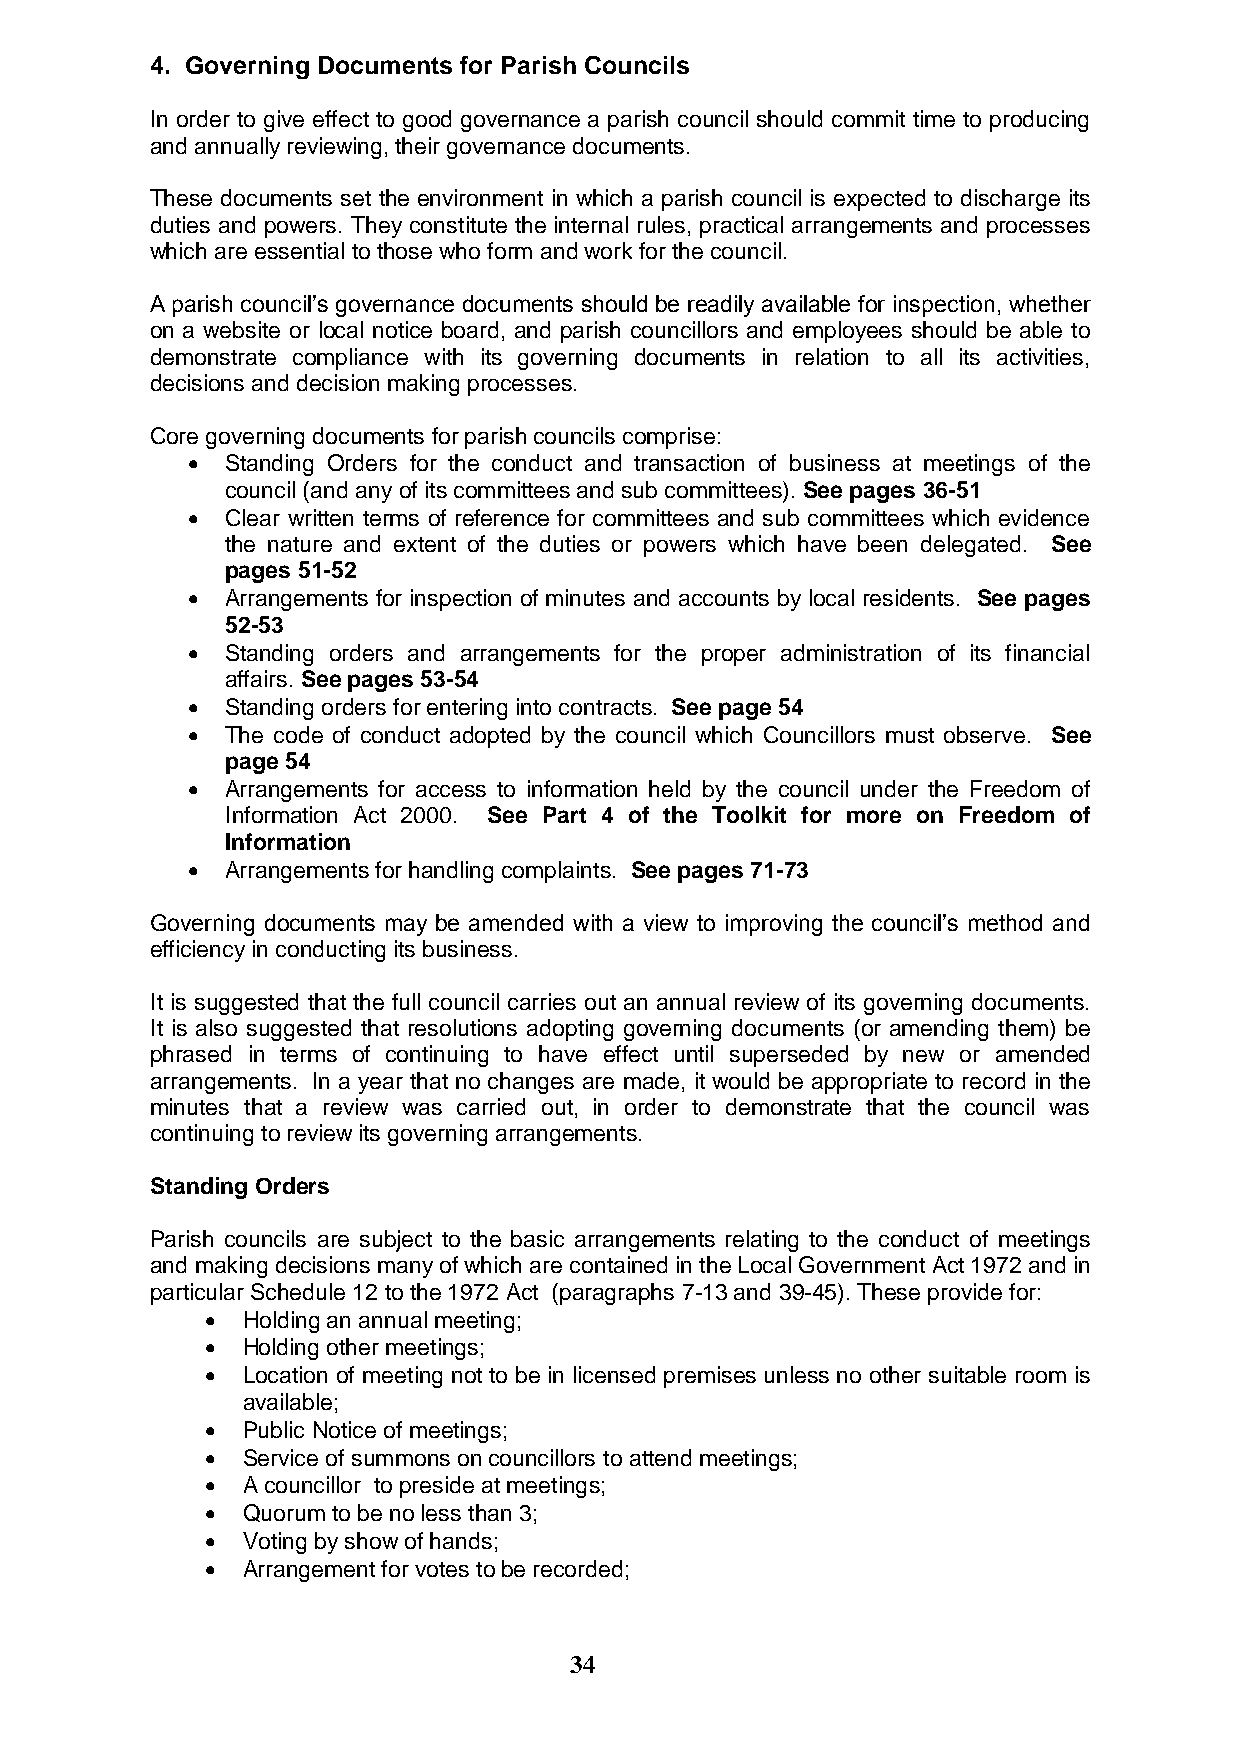
4. Governing Documents for Parish Councils
 In order to give effect to good governance a parish council should commit time to producing
 and annually reviewing, their governance documents.
 These documents set the environment in which a parish council is expected to discharge its
 duties and powers. They constitute the internal rules, practical arrangements and processes
 which are essential to those who form and work for the council.
 A parish council‟s governance documents should be readily available for inspection, whether
 on a website or local notice board, and parish councillors and employees should be able to
 demonstrate compliance with its governing documents in relation to all its activities,
 decisions and decision making processes.
 Core governing documents for parish councils comprise:
   Standing Orders for the conduct and transaction of business at meetings of the
 council (and any of its committees and sub committees). See pages 36-51
   Clear written terms of reference for committees and sub committees which evidence
 the nature and extent of the duties or powers which have been delegated. See
 pages 51-52
   Arrangements for inspection of minutes and accounts by local residents. See pages
 52-53
   Standing orders and arrangements for the proper administration of its financial
 affairs. See pages 53-54
   Standing orders for entering into contracts. See page 54
   The code of conduct adopted by the council which Councillors must observe. See
 page 54
   Arrangements for access to information held by the council under the Freedom of
 Information Act 2000. See Part 4 of the Toolkit for more on Freedom of
 Information
   Arrangements for handling complaints. See pages 71-73
 Governing documents may be amended with a view to improving the council‟s method and
 efficiency in conducting its business.
 It is suggested that the full council carries out an annual review of its governing documents.
 It is also suggested that resolutions adopting governing documents (or amending them) be
 phrased in terms of continuing to have effect until superseded by new or amended
 arrangements. In a year that no changes are made, it would be appropriate to record in the
 minutes that a review was carried out, in order to demonstrate that the council was
 continuing to review its governing arrangements.
 Standing Orders
 Parish councils are subject to the basic arrangements relating to the conduct of meetings
 and making decisions many of which are contained in the Local Government Act 1972 and in
 particular Schedule 12 to the 1972 Act (paragraphs 7-13 and 39-45). These provide for:
  Holding an annual meeting;
  Holding other meetings;
  Location of meeting not to be in licensed premises unless no other suitable room is
 available;
  Public Notice of meetings;
  Service of summons on councillors to attend meetings;
  A councillor to preside at meetings;
  Quorum to be no less than 3;
  Voting by show of hands;
  Arrangement for votes to be recorded;
 34